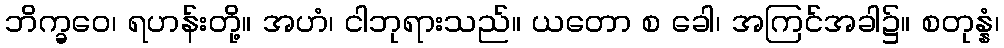
ဘိက္ခဝေ၊ ရဟန်းတို့။ အဟံ၊ ငါဘုရားသည်။ ယတော စ ခေါ၊ အကြင်အခါ၌။ စတုန္နံ၊